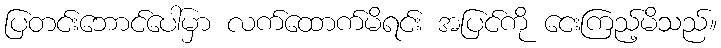
ပြတင်းဘောင်ပေါ်မှာ လက်ထောက်မိရင်း အပြင်ကို ငေးကြည့်မိသည်။